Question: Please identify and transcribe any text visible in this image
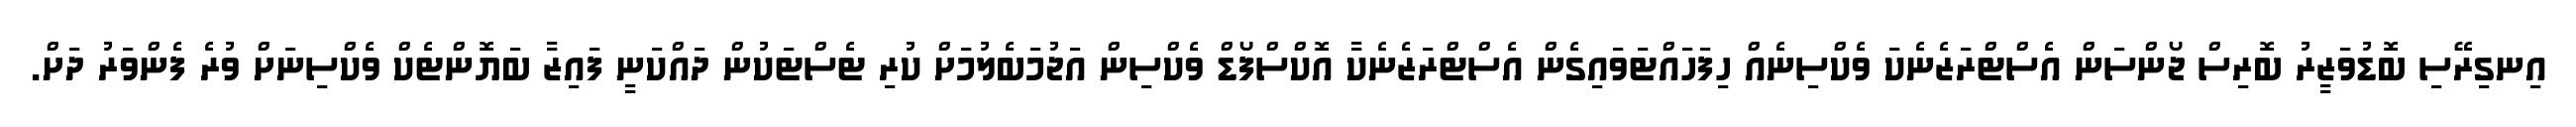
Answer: އިނގިރޭސި ބޮޑުވަޒީރު ބޮރިސް ޖޯންސަން އެސްޓްރަޒެނެކަ ވެކްސިނެއް ހިފަހައްޓަވައިގެން އެސްޓްރަޒެނެކާ އޮކްސްފޯޑް ވެކްސިން އަޖުމަބެލުމަށް ކުރި ޓެސްޓަކުން ދައްކަނީ ފައިޒާ ބަޔޮންޓެކް ވެކްސިނަށް ވުރެ ފެންވަރު ދަށް.